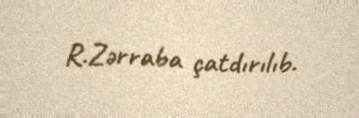
R.Zərraba çatdırılıb.